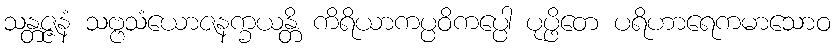
သန္တဇ္ဇနံ သဗ္ဗသံယောဇနက္ခယန္တိ ကိရိယာကပ္ပဝိကပ္ပေါ ပုပ္ဖိတေ ပရိဟာရေကမာသောဝ